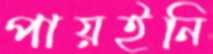
পায়ইনি